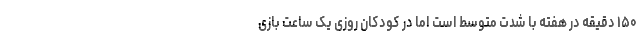
۱۵۰ دقیقه در هفته با شدت متوسط است اما در کودکان روزی یک ساعت بازی